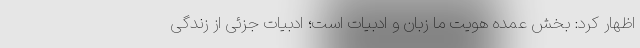
اظهار کرد: بخش عمده هویت ما زبان و ادبیات است؛ ادبیات جزئی از زندگی